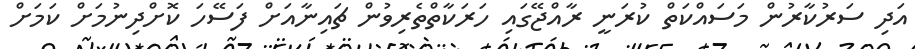
އަދި ސަރުކާރުން މަސައްކަތް ކުރަނީ ރާއްޖޭގައި ހަރަކާތްތެރިވުން ޗައިނާއަށް ފަސޭހަ ކޮށްދިނުމަށް ކަމަށް